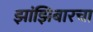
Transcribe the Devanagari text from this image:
झांझिबारचा